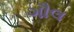
ગૌલ